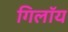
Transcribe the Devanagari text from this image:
गिलॉय